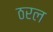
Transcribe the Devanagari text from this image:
ठरल